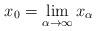
LaTeX: \begin{align*}x_0=\lim_{\alpha\to\infty}x_\alpha\end{align*}